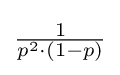
{\tfrac {1}{p^{2}\cdot (1-p)}}